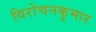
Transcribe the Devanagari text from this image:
विरोचनकुमार